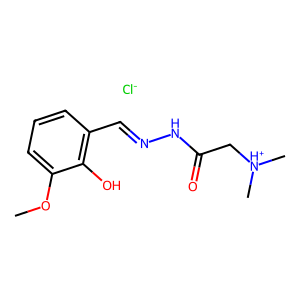
SMILES: COc1cccc(C=NNC(=O)C[NH+](C)C)c1O.[Cl-]
Inhibits HIV replication: No